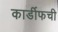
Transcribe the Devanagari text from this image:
कार्डीफची